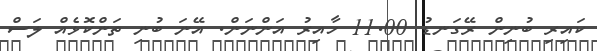
ކައިރި ބުނިން ރޭގަނޑު 11.00 ހާއިރު އަންނަން. އޭނަ ބުނި ތަންކޮޅެއް ލަސް